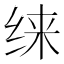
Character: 𱺜